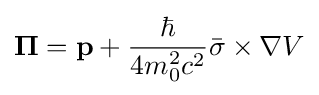
\mathbf {\Pi } =\mathbf {p} +{\frac {\hbar }{4m_{0}^{2}c^{2}}}{\bar {\sigma }}\times \nabla V